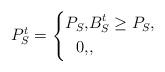
LaTeX: \begin{align*}P_S^t =\left\{\begin{aligned}P_S, & B_S^t \geq P_S, \\0, & ,\end{aligned}\right.\end{align*}